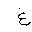
Letter: _gayn